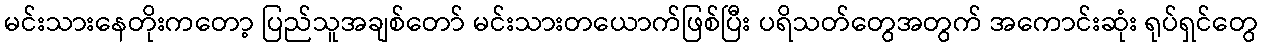
မင်းသားနေတိုးကတော့ ပြည်သူအချစ်တော် မင်းသားတယောက်ဖြစ်ပြီး ပရိသတ်တွေအတွက် အကောင်းဆုံး ရုပ်ရှင်တွေ